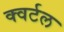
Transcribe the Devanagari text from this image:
क्वर्टल